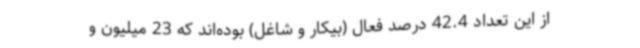
از این تعداد 42.4 درصد فعال (بیکار و شاغل) بوده‌اند که 23 میلیون و